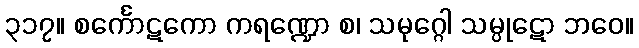
၃၁၇။ စင်္ကောဋကော ကရဏ္ဍော စ၊ သမုဂ္ဂေါ သမ္ပုဋော ဘဝေ။